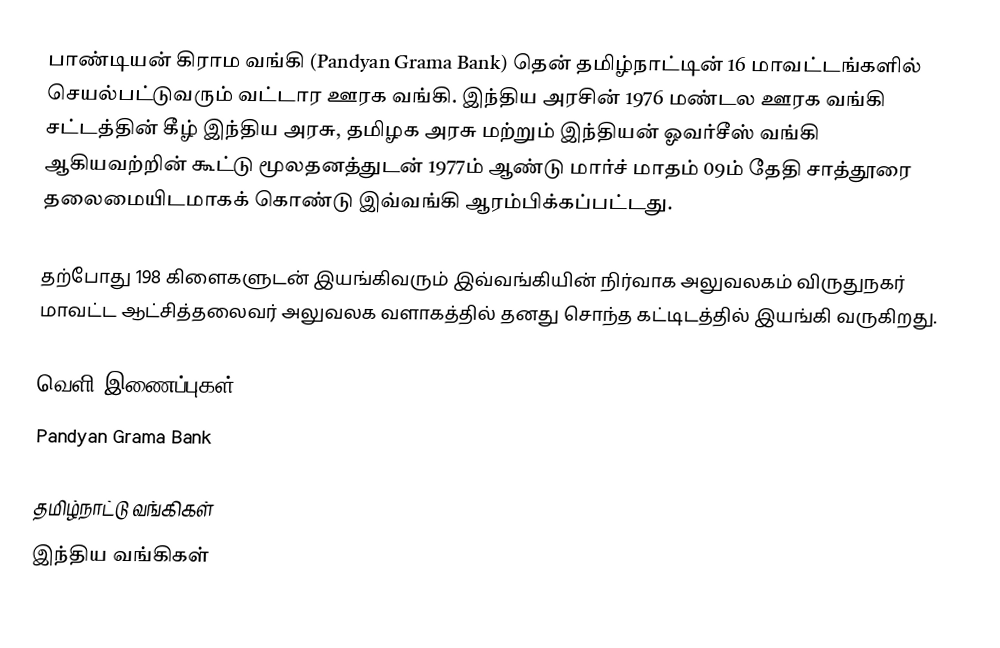
பாண்டியன் கிராம வங்கி (Pandyan Grama Bank) தென் தமிழ்நாட்டின் 16 மாவட்டங்களில் செயல்பட்டுவரும் வட்டார ஊரக வங்கி. இந்திய அரசின் 1976 மண்டல ஊரக வங்கி சட்டத்தின் கீழ் இந்திய அரசு, தமிழக அரசு மற்றும் இந்தியன் ஓவர்சீஸ் வங்கி ஆகியவற்றின் கூட்டு மூலதனத்துடன் 1977ம் ஆண்டு மார்ச் மாதம் 09ம் தேதி சாத்தூரை தலைமையிடமாகக் கொண்டு இவ்வங்கி ஆரம்பிக்கப்பட்டது.

தற்போது 198 கிளைகளுடன் இயங்கிவரும் இவ்வங்கியின் நிர்வாக அலுவலகம் விருதுநகர் மாவட்ட ஆட்சித்தலைவர் அலுவலக வளாகத்தில் தனது சொந்த கட்டிடத்தில் இயங்கி வருகிறது.

வெளி இணைப்புகள்
 Pandyan Grama Bank

தமிழ்நாட்டு வங்கிகள்
இந்திய வங்கிகள்